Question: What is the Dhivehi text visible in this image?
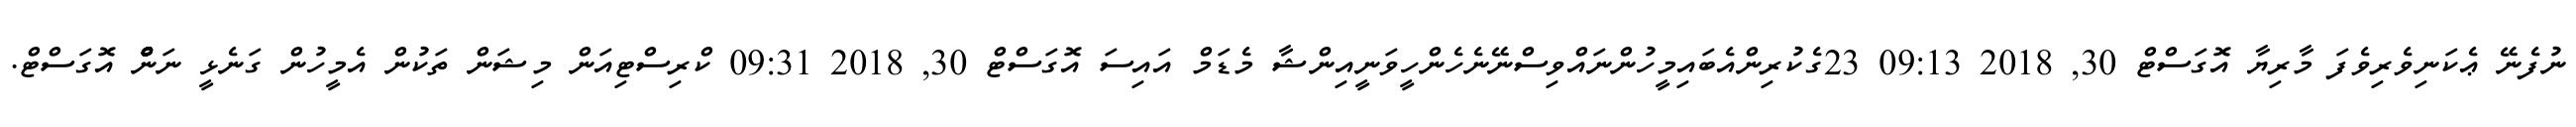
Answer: ނުފެނޭ ޢެކަނިވެރިވެފަ މާރިޔާ އޮގަސްޓް 30, 2018 09:13 23ގެކުރިންއެބައިމީހުންނައްވިސްނޭނެހެންހީވަނީއިންޝާ މެޑަމް އައިސަ އޮގަސްޓް 30, 2018 09:31 ކްރިސްޓިއަން މިޝަން ތަކުން އެމީހުން ގަނެޅީ ނަންްްްްް އޮގަސްޓް.